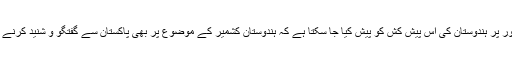
مثال کے طور پر ہندوستان کی اس پیش کش کو پیش کیا جا سکتا ہے کہ ہندوستان کشمیر کے موضوع پر بھی پاکستان سے گفتگو و شنید کرنے کو تیار ہے۔